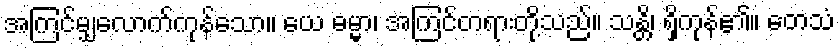
အကြင်မျှလောက်ကုန်သော။ ယေ ဓမ္မာ၊ အကြင်တရားတို့သည်။ သန္တိ၊ ရှိကုန်၏။ တေသံ